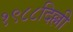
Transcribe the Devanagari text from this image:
१९८८दिल्ली